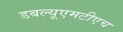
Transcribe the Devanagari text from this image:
डबल्यूएमटीएच